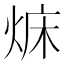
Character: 𤉜